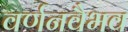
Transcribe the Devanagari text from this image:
वर्णनवैभव